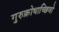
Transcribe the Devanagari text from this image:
गुरुक्रोधाच्छिवो